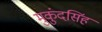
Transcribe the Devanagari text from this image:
मुकुंदसिंह